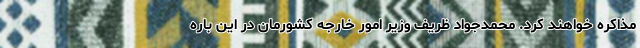
مذاکره خواهند کرد. محمدجواد ظریف وزیر امور خارجه کشورمان در این باره